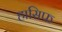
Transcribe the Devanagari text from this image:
हासिफ